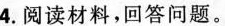
4.阅读材料，回答问题。